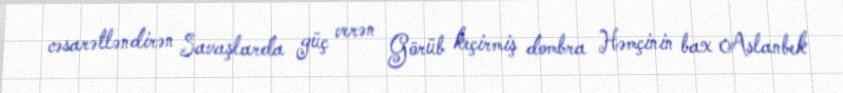
cəsarətləndirən Savaşlarda güç verən Görüb keçirmiş dombra Həmçinin bax Aslanbek